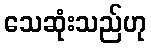
သေဆုံးသည်ဟု